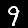
Digit: 9